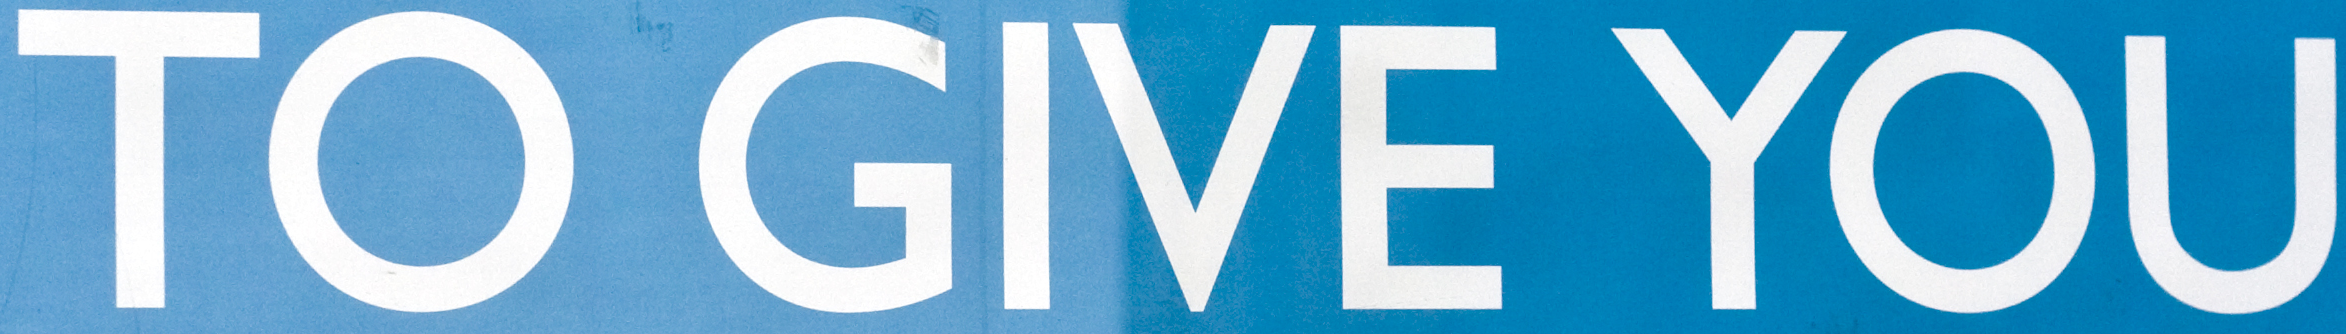
TO GIVE YOU